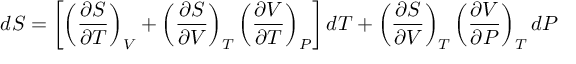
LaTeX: d S = \left[ \left( { \frac { \partial S } { \partial T } } \right) _ { V } + \left( { \frac { \partial S } { \partial V } } \right) _ { T } \left( { \frac { \partial V } { \partial T } } \right) _ { P } \right] d T + \left( { \frac { \partial S } { \partial V } } \right) _ { T } \left( { \frac { \partial V } { \partial P } } \right) _ { T } d P